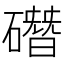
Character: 䃡